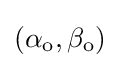
{\textstyle (\alpha _{\mathrm {o} },\beta _{\mathrm {o} })}